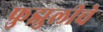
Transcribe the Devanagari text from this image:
फुझुलीचे